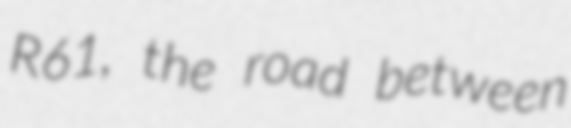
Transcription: R61, the road between